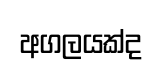
අගලයක්ද